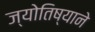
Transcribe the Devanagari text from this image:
ज्योतिष्याने